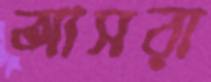
আসরা